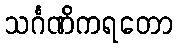
သင်္ဂဏိကရတော